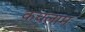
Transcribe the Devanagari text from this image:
कचलाम